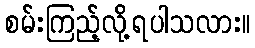
စမ်းကြည့်လို့ရပါသလား။